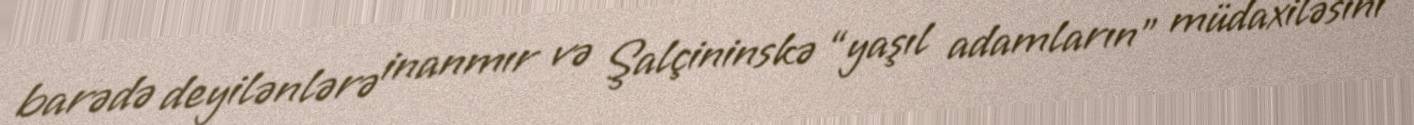
barədə deyilənlərə inanmır və Şalçininskə “yaşıl adamların” müdaxiləsini